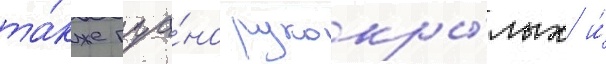
та́кже гуа́но рукокры́лых и́